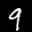
Label: 9